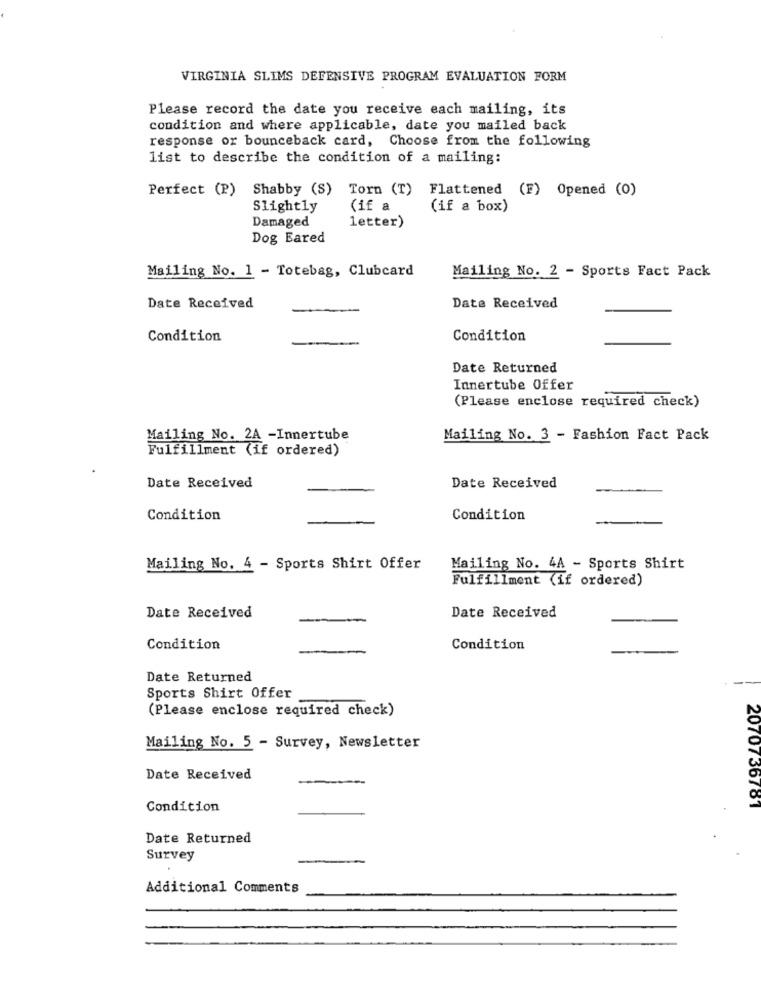
VIRGINIA SLIMS DEFENSIVE PROGRAM EVALUATION FORM
Please record the date you receive each mailing, its
condition and where applicable, date you mailed back
response or bounceback card, Choose from the following
list to describe the condition of a mailing:
Perfect (P) Shabby (S) Torn (T)
Flattened (F) Opened (0)
Slightly
(if a
(if a box)
letter)
Damaged
Dog Eared
Mailing No. 1 - Totebag, Clubcard
Mailing No. 2 - Sports Fact Pack
Date Received
Date Received
Condition
Condition
Date Returned
Innertube Offer
(Please enclose required check)
Mailing No. 2A -Innertube
Mailing No. 3 - Fashion Fact Pack
Fulfillment (if ordered)
Date Received
Date Received
Condition
Condition
Mailing No. 4 - Sports Shirt Offer
Mailing No. 4A - Sports Shirt
Fulfillment (if ordered)
Date Received
Date Received
Condition
Condition
Date Returned
Sports Shirt Offer
(Please enclose required check)
Mailing No. 5 - Survey, Newsletter
Date Received
Condition
20707 36781
Date Returned
Survey
Additional Comments